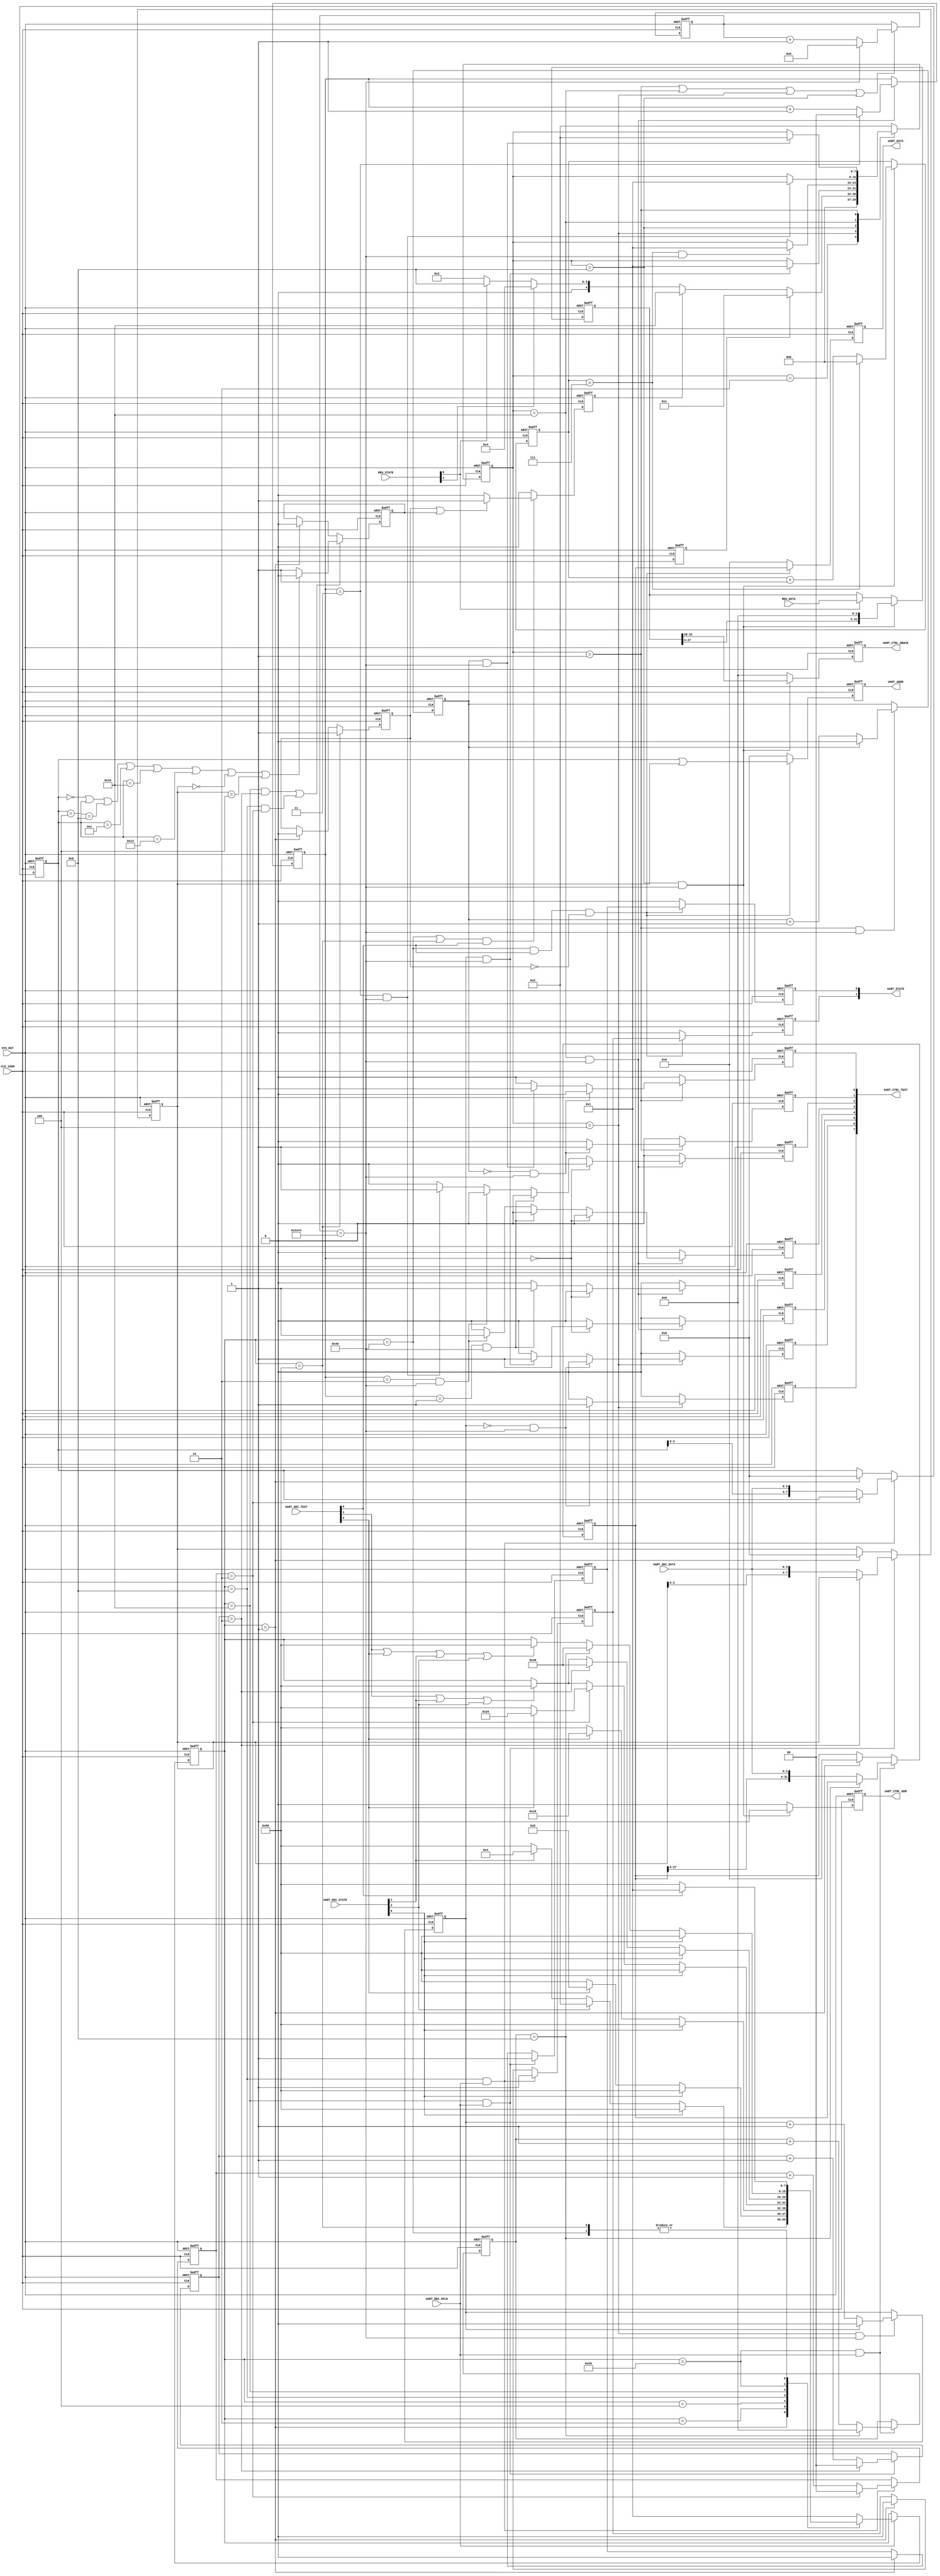
`timescale 1ns / 1ps

module UART_CTRL (
    // system signals
    input   wire                        CLK_100M                                , // (i) clock
    input   wire                        SYS_RST                                 , // (i) reset (high-active)

    // UART_DEC
    input   wire[3:0]                   UART_DEC_DATA                           , // (i) UART_DEC data in
    input   wire                        UART_DEC_DVLD                           , // (i) UART_DEC start in
    input   wire[2:0]                   UART_DEC_STATE                          , // (i) signal state
    input   wire[2:0]                   UART_DEC_TEXT                           , // (i) signal text

    // UART_REG
    input   wire[1:0]                   REG_STATE                               , // (i) UART_REG state signal
    input   wire[31:0]                  REG_DATA                                , // (i) UART_REG data

    // UART_TX
    output  wire[1:0]                   UART_STATE                              , // (o) UART_CTRL state
    output  wire[31:0]                  UART_DATA                               , // (o) UART_CTRL data out
    output  wire[7:0]                   UART_ADDR                               , // (o) UART_CTRL data out

    // UART_ENC
    output  wire[7:0]                   UART_CTRL_TEXT                          , // (o) text signal
                                                                                  //     UART_CTRL_TEXT[7] = O signal
                                                                                  //     UART_CTRL_TEXT[6] = K signal
                                                                                  //     UART_CTRL_TEXT[5] = F signal
                                                                                  //     UART_CTRL_TEXT[4] = A signal
                                                                                  //     UART_CTRL_TEXT[3] = I signal
                                                                                  //     UART_CTRL_TEXT[2] = L signal
                                                                                  //     UART_CTRL_TEXT[1] = enter signal
                                                                                  //     UART_CTRL_TEXT[0] = right signal

    output  wire                        UART_CTRL_NUM                           , // (o) number signal
    output  wire[3:0]                   UART_CTRL_DBACK                           // (o) UART_CTRL data
    );

    // -------------------------------------------------------------
    // Parameter definition
    // -------------------------------------------------------------
    // STATEs of RECEIVE STATE MACHINE
    parameter                           P_IDLE_RX               = 8'b0000_0001  ; // idle
    parameter                           P_WRITE_RX              = 8'b0000_0010  ; // write
    parameter                           P_READ_RX               = 8'b0000_0100  ; // read
    parameter                           P_ADDR_W_RX             = 8'b0000_1000  ; // addr_w
    parameter                           P_ADDR_R_RX             = 8'b0001_0000  ; // addr_r
    parameter                           P_DATA_RX               = 8'b0010_0000  ; // data
    parameter                           P_ENTER_RX              = 8'b0100_0000  ; // enter
    parameter                           P_FAIL_RX               = 8'b1000_0000  ; // fail

    // STATEs of TRANSFER STATE MACHINE
    parameter                           P_RESET_TX              = 5'b0_0001     ; // reset
    parameter                           P_IDLE_TX               = 5'b0_0010     ; // idle
    parameter                           P_WRITE_TX              = 5'b0_0100     ; // write
    parameter                           P_READ_TX               = 5'b0_1000     ; // read
    parameter                           P_FAIL_TX               = 5'b1_0000     ; // fail

    //time count
    parameter                           TIME_CNT                = 14'd7700      ; //1 data time count
    // -------------------------------------------------------------
    // Internal signal definition
    // -------------------------------------------------------------
    // state machine
    reg         [7:0]                   r_ctrl_state_rx                         ; // FSM receive
    reg         [7:0]                   r_ctrl_state_tx                         ; // FSM transfer

    //reset
    reg                                 r_ctrl_reset                            ; // reset

    // state address write
    reg         [7:0]                   r_addr_w                                ; // write address
    reg         [1:0]                   r_addr_w_cnt                            ; // write address count
    reg                                 r_ctrl_write                            ; // state write register

    // state address read
    reg         [7:0]                   r_addr_r                                ; // read address
    reg         [1:0]                   r_addr_r_cnt                            ; // read address count
    reg                                 r_ctrl_read                             ; // state read register

    // state data write
    reg         [31:0]                  r_data_w                                ; // write data
    reg         [3:0]                   r_data_w_cnt                            ; // write data count

    // state fail
    reg                                 r_addr_fail                             ; // address fail
    reg                                 r_ctrl_fail                             ; // UART_CTRL fail register

    // state send
    reg                                 r_ctrl_read_1                           ; // state read register
    reg                                 r_ctrl_write_1                          ; // state write register
    reg                                 r_ctrl_fail_1                           ; // state fail register
    reg         [7:0]                   r_ctrl_addr_1                           ; // addr register
    reg         [31:0]                  r_ctrl_data_1                           ; // data register

    //transfer clock count
    reg         [13:0]                  r_clk_cnt                               ; // clock count

    //reset
    reg                                 r_rst_cnt                               ; // reset count

    reg                                 r_rst_enter                             ; // enter signal
    reg                                 r_rst_right                             ; // right signal

    //write
    reg                                 r_w_cnt                                 ; // write count

    reg                                 r_w_o                                   ; // O signal
    reg                                 r_w_k                                   ; // K signal

    //read
    reg         [2:0]                   r_r_cnt                                 ; // read count

    reg                                 r_num                                   ; // number signal
    reg         [31:0]                  r_data_buf                              ; // data buffer
    reg         [3:0]                   r_r_data                                ; // data out register

    //fail
    reg         [1:0]                   r_fail_cnt                              ; // fail count

    reg                                 r_fail_f                                ; // F signal
    reg                                 r_fail_a                                ; // A signal
    reg                                 r_fail_i                                ; // I signal
    reg                                 r_fail_l                                ; // L signal
// =============================================================================
// RTL Body
// =============================================================================

    // FSM receive
    always @(posedge CLK_100M or posedge SYS_RST) begin
        if (SYS_RST) begin
            // reset
            r_ctrl_state_rx <= P_IDLE_RX;
        end else if (UART_DEC_DVLD) begin
            case ( r_ctrl_state_rx )

                // idle
                P_IDLE_RX : begin
                    if (UART_DEC_STATE[0]) begin
                        r_ctrl_state_rx <= P_FAIL_RX;
                    end else if (UART_DEC_STATE[2]) begin
                        r_ctrl_state_rx <= P_WRITE_RX;
                    end else if (UART_DEC_STATE[1]) begin
                        r_ctrl_state_rx <= P_READ_RX;
                    end else begin
                        r_ctrl_state_rx <= P_FAIL_RX;
                    end
                end

                // write
                P_WRITE_RX : begin
                    if (UART_DEC_STATE[0]) begin
                        r_ctrl_state_rx <= P_FAIL_RX;
                    end else if (UART_DEC_TEXT[2]) begin
                        r_ctrl_state_rx <= P_ADDR_W_RX;
                    end else begin
                        r_ctrl_state_rx <= P_FAIL_RX;
                    end
                end

                // read
                P_READ_RX : begin
                    if (UART_DEC_STATE[0]) begin
                        r_ctrl_state_rx <= P_FAIL_RX;
                    end else if (UART_DEC_TEXT[2]) begin
                        r_ctrl_state_rx <= P_ADDR_R_RX;
                    end else begin
                        r_ctrl_state_rx <= P_FAIL_RX;
                    end
                end

                // address write
                P_ADDR_W_RX : begin
                    if (UART_DEC_STATE[0]) begin
                        r_ctrl_state_rx <= P_FAIL_RX;
                    end else if (r_addr_w_cnt == 2'b10) begin
                        if (UART_DEC_TEXT[2]) begin
                            r_ctrl_state_rx <= P_DATA_RX;
                        end else begin
                            r_ctrl_state_rx <= P_FAIL_RX;
                        end
                    end else if (UART_DEC_TEXT[1] || UART_DEC_STATE[1] || UART_DEC_STATE[2]) begin
                        r_ctrl_state_rx <= P_FAIL_RX;
                    end
                end

                // address read
                P_ADDR_R_RX : begin
                    if (UART_DEC_STATE[0]) begin
                        r_ctrl_state_rx <= P_FAIL_RX;
                    end else if (r_addr_r_cnt == 2'b10) begin
                        r_ctrl_state_rx <= P_ENTER_RX;
                    end else begin
                        if (UART_DEC_TEXT[1] || UART_DEC_STATE[1] || UART_DEC_STATE[2]) begin
                            r_ctrl_state_rx <= P_FAIL_RX;
                        end
                    end
                end

                // data write
                P_DATA_RX : begin
                    if (UART_DEC_STATE[0]) begin
                        r_ctrl_state_rx <= P_FAIL_RX;
                    end else if (r_data_w_cnt == 4'b1000) begin
                        r_ctrl_state_rx <= P_ENTER_RX;
                    end else begin
                        if (UART_DEC_TEXT[1] || UART_DEC_TEXT[2] || UART_DEC_STATE[1] || UART_DEC_STATE[2]) begin
                            r_ctrl_state_rx <= P_FAIL_RX;
                        end
                    end
                end

                // enter
                P_ENTER_RX : begin
                    if (UART_DEC_TEXT[0]) begin
                        r_ctrl_state_rx <= P_IDLE_RX;
                    end else begin
                        r_ctrl_state_rx <= P_FAIL_RX;
                    end
                end

                // fail
                P_FAIL_RX : begin
                    if (UART_DEC_TEXT[0]) begin
                        r_ctrl_state_rx <= P_IDLE_RX;
                    end else begin
                        r_ctrl_state_rx <= P_FAIL_RX;
                    end
                end

                default : begin
                    r_ctrl_state_rx <= P_IDLE_RX;
                end
            endcase
        end
    end

    // reset
    always @(posedge CLK_100M or posedge SYS_RST) begin
        if (SYS_RST) begin
            // reset
            r_ctrl_reset <= 1'b1;
        end else begin
            r_ctrl_reset <= 1'b0;
        end
    end

    // address write
    always @(posedge CLK_100M or posedge SYS_RST) begin
        if (SYS_RST) begin
            // reset
            r_addr_w        <= 8'b0;
            r_ctrl_write    <= 1'b0;
        end else begin
            if (r_ctrl_state_rx == P_ADDR_W_RX && UART_DEC_DVLD) begin          // write 2 X 4 bits address
                r_ctrl_write <= 1'b1;
                if (r_addr_w_cnt == 2'b10) begin
                    r_addr_w <= r_addr_w;
                end else begin
                    r_addr_w <= { r_addr_w[3:0], UART_DEC_DATA };
                end
            end else if (r_ctrl_state_rx == P_IDLE_RX) begin
                r_addr_w        <= 8'b0;
                r_ctrl_write    <= 1'b0;
            end
        end
    end

    // address write counter
    always @(posedge CLK_100M or posedge SYS_RST) begin
        if (SYS_RST) begin
            // reset
            r_addr_w_cnt <= 2'b0;
        end else begin
            if (r_ctrl_state_rx == P_ADDR_W_RX && UART_DEC_DVLD) begin
                if (r_addr_w_cnt == 2'b10) begin
                    r_addr_w_cnt <= 2'b0;
                end else begin
                    r_addr_w_cnt <= r_addr_w_cnt + 2'b1;
                end
            end
        end
    end

    // address read
    always @(posedge CLK_100M or posedge SYS_RST) begin
        if (SYS_RST) begin
            // reset
            r_addr_r    <= 8'b0;
            r_ctrl_read <= 1'b0;
        end else begin
            if (r_ctrl_state_rx == P_ADDR_R_RX && UART_DEC_DVLD) begin          // read 2 X 4 bits address
                r_ctrl_read <= 1'b1;
                if (r_addr_r_cnt == 2'b10) begin
                    r_addr_r <= r_addr_r;
                end else begin
                    r_addr_r <= { r_addr_r[3:0], UART_DEC_DATA };
                end
            end else if (r_ctrl_state_rx == P_IDLE_RX) begin
                r_addr_r    <= 8'b0;
                r_ctrl_read <= 1'b0;
            end
        end
    end

    // address read counter
    always @(posedge CLK_100M or posedge SYS_RST) begin
        if (SYS_RST) begin
            // reset
            r_addr_r_cnt <= 2'b0;
        end else begin
            if (r_ctrl_state_rx == P_ADDR_R_RX && UART_DEC_DVLD) begin
                if (r_addr_r_cnt == 2'b10) begin
                    r_addr_r_cnt <= 2'b0;
                end else begin
                    r_addr_r_cnt <= r_addr_r_cnt + 2'b1;
                end
            end
        end
    end

    // data write
    always @(posedge CLK_100M or posedge SYS_RST) begin
        if (SYS_RST) begin
            // reset
            r_data_w <= 32'b0;
        end else begin
            if (r_ctrl_state_rx == P_DATA_RX && UART_DEC_DVLD) begin            // write 8 X 4 bits data
                if (r_data_w_cnt == 4'b1000) begin
                    r_data_w <= r_data_w;
                end else begin
                    r_data_w <= { r_data_w[27:0], UART_DEC_DATA };
                end
            end else if (r_ctrl_state_rx == P_IDLE_RX) begin
                r_data_w <= 32'b0;
            end
        end
    end

    // data write counter
    always @(posedge CLK_100M or posedge SYS_RST) begin
        if (SYS_RST) begin
            // reset
            r_data_w_cnt <= 4'b0;
        end else begin
            if (r_ctrl_state_rx == P_DATA_RX && UART_DEC_DVLD) begin
                if (r_data_w_cnt == 4'b1000) begin
                    r_data_w_cnt <= 4'b0;
                end else begin
                    r_data_w_cnt <= r_data_w_cnt + 4'b1;
                end
            end
        end
    end

    // address judge
    always @(posedge CLK_100M or posedge SYS_RST) begin                                  // address is between 01~02
        if (SYS_RST) begin
            // reset
            r_addr_fail <= 1'b0;
        end else begin
            if (( r_ctrl_state_rx == P_ADDR_R_RX & r_addr_r_cnt == 2'b10 ) ||
                ( r_ctrl_state_rx == P_ADDR_W_RX & r_addr_w_cnt == 2'b10 )) begin
                if ( r_addr_w == 8'h00 ||
                     r_addr_w == 8'h04 ||
                     r_addr_w == 8'h08 ||
                     r_addr_w == 8'h0C ||
                     r_addr_w == 8'h10 ||
                     r_addr_w == 8'h14 ||
                     r_addr_r == 8'h00 ||
                     r_addr_r == 8'h04 ) begin
                     r_addr_fail <= 1'b0;
                end else begin
                    r_addr_fail <= 1'b1;
                end
            end else if (r_ctrl_state_rx == P_IDLE_RX) begin
                r_addr_fail <= 1'b0;
            end
        end
    end

    // state fail
    always @(posedge CLK_100M or posedge SYS_RST) begin
        if (SYS_RST) begin
            // reset
            r_ctrl_fail <= 1'b0;
        end else if (r_ctrl_state_rx == P_FAIL_RX) begin
            r_ctrl_fail <= 1'b1;
        end else if (r_ctrl_state_rx == P_IDLE_RX) begin
            r_ctrl_fail <= 1'b0;
        end
    end

    // fail send
    always @(posedge CLK_100M or posedge SYS_RST) begin                                  // send fail after enter lf
        if (SYS_RST) begin
            // reset
            r_ctrl_fail_1  <= 1'b0;
        end else if ((r_ctrl_state_rx == P_ENTER_RX || r_ctrl_state_rx == P_FAIL_RX) && UART_DEC_TEXT[0]) begin
            if (r_ctrl_fail || r_addr_fail) begin
                r_ctrl_fail_1  <= 1'b1;
            end else begin
                r_ctrl_fail_1  <= 1'b0;
            end
        end else begin
            r_ctrl_fail_1 <= 1'b0;
        end
    end

    // write/read send
    always @(posedge CLK_100M or posedge SYS_RST) begin                                  // send write/read data after enter lf
        if (SYS_RST) begin
            // reset
            r_ctrl_read_1   <= 'b0;
            r_ctrl_write_1  <= 'b0;
            r_ctrl_addr_1   <= 'b0;
            r_ctrl_data_1   <= 'b0;
        end else begin
            if (r_ctrl_state_rx == P_ENTER_RX && UART_DEC_TEXT[0] && !r_ctrl_fail) begin
                r_ctrl_read_1   <= r_ctrl_read;
                r_ctrl_write_1  <= r_ctrl_write;
                r_ctrl_addr_1   <= r_addr_w | r_addr_r;
                r_ctrl_data_1   <= r_data_w;
            end else begin
                r_ctrl_read_1   <= 'b0;
                r_ctrl_write_1  <= 'b0;
                r_ctrl_addr_1   <= 'b0;
                r_ctrl_data_1   <= 'b0;
            end
        end
    end

    assign UART_STATE[0]           = r_ctrl_read_1;
    assign UART_STATE[1]           = r_ctrl_write_1;

    assign UART_DATA               = r_ctrl_data_1;
    assign UART_ADDR               = r_ctrl_addr_1;

    // FSM transfer
    always @(posedge CLK_100M or posedge SYS_RST) begin
        if (SYS_RST) begin
            // reset
            r_ctrl_state_tx <= P_IDLE_TX;
        end else begin
            case ( r_ctrl_state_tx )

                //idle
                P_IDLE_TX  : begin
                    if (r_ctrl_reset) begin
                        r_ctrl_state_tx <= P_RESET_TX;
                    end else if (r_ctrl_fail_1) begin
                        r_ctrl_state_tx <= P_FAIL_TX;
                    end else if (REG_STATE[1]) begin
                        r_ctrl_state_tx <= P_WRITE_TX;
                    end else if (REG_STATE[0]) begin
                        r_ctrl_state_tx <= P_READ_TX;
                    end else begin
                        r_ctrl_state_tx <= P_IDLE_TX;
                    end
                end

                //write
                P_WRITE_TX : begin
                    if (r_w_cnt == 1'b1 && r_clk_cnt == TIME_CNT) begin
                        r_ctrl_state_tx <= P_RESET_TX;
                    end
                end

                //read
                P_READ_TX  : begin
                    if (r_r_cnt == 3'b111 && r_clk_cnt == TIME_CNT) begin
                        r_ctrl_state_tx <= P_RESET_TX;
                    end
                end

                //fail
                P_FAIL_TX  : begin
                    if (r_fail_cnt == 2'b11 && r_clk_cnt == TIME_CNT) begin
                        r_ctrl_state_tx <= P_RESET_TX;
                    end
                end

                //reset
                P_RESET_TX : begin                                              // reset after every output and system reset
                    if (r_rst_cnt == 1'b1 && r_clk_cnt == TIME_CNT) begin
                        r_ctrl_state_tx <= P_IDLE_TX;
                    end
                end

                default    : begin
                    r_ctrl_state_tx <= P_IDLE_TX;
                end

            endcase
        end
    end

    // clock counter
    always @(posedge CLK_100M or posedge SYS_RST) begin                                  // 11 bits data between every two 8-bit data
        if (SYS_RST) begin
            // reset
            r_clk_cnt <= 13'b0;
        end else begin
            if (r_ctrl_state_tx == P_RESET_TX ||
                r_ctrl_state_tx == P_FAIL_TX  ||
                r_ctrl_state_tx == P_WRITE_TX ||
                r_ctrl_state_tx == P_READ_TX  ) begin
                if (r_clk_cnt == TIME_CNT) begin
                    r_clk_cnt <= 13'b0;
                end else begin
                    r_clk_cnt <= r_clk_cnt + 13'b1;
                end
            end
        end
    end

    // reset
    always @(posedge CLK_100M or posedge SYS_RST) begin
        if (SYS_RST) begin
            // reset
            r_rst_enter <= 1'b0;
            r_rst_right <= 1'b0;
        end else begin
            if (r_ctrl_state_tx == P_RESET_TX) begin                            // output enter and >
                if (r_rst_cnt == 1'b0 && r_clk_cnt == TIME_CNT) begin
                    r_rst_enter <= 1'b1;
                    r_rst_right <= 1'b0;
                end else if (r_rst_cnt == 1'b1 && r_clk_cnt == TIME_CNT) begin
                    r_rst_enter <= 1'b0;
                    r_rst_right <= 1'b1;
                end else begin
                    r_rst_enter <= 1'b0;
                    r_rst_right <= 1'b0;
                end
            end else begin
                r_rst_enter <= 1'b0;
                r_rst_right <= 1'b0;
            end
        end
    end

    // reset counter
    always @(posedge CLK_100M or posedge SYS_RST) begin
        if (SYS_RST) begin
            // reset
            r_rst_cnt <= 1'b0;
        end else begin
            if (r_ctrl_state_tx == P_RESET_TX && r_clk_cnt == TIME_CNT) begin   // 2 signals
                if (r_rst_cnt == 1'b1) begin
                    r_rst_cnt <= 1'b0;
                end else begin
                    r_rst_cnt <= r_rst_cnt + 1'b1;
                end
            end
        end
    end

    // write
    always @(posedge CLK_100M or posedge SYS_RST) begin
        if (SYS_RST) begin
            // reset
            r_w_o <= 1'b0;
            r_w_k <= 1'b0;
        end else begin
            if (r_ctrl_state_tx == P_WRITE_TX) begin                            // output O and K
                if (r_w_cnt == 1'b0 && r_clk_cnt == TIME_CNT) begin
                    r_w_o <= 1'b1;
                    r_w_k <= 1'b0;
                end else if (r_w_cnt == 1'b1 && r_clk_cnt == TIME_CNT) begin
                    r_w_o <= 1'b0;
                    r_w_k <= 1'b1;
                end else begin
                    r_w_o <= 1'b0;
                    r_w_k <= 1'b0;
                end
            end else begin
                r_w_o <= 1'b0;
                r_w_k <= 1'b0;
            end
        end
    end

    // write counter
    always @(posedge CLK_100M or posedge SYS_RST) begin
        if (SYS_RST) begin
            // reset
            r_w_cnt <= 1'b0;
        end else begin
            if (r_ctrl_state_tx == P_WRITE_TX && r_clk_cnt == TIME_CNT) begin   // 2 signals
                if (r_w_cnt == 1'b1) begin
                    r_w_cnt <= 1'b0;
                end else begin
                    r_w_cnt <= r_w_cnt + 1'b1;
                end
            end
        end
    end

    // read data buffer
    always @(posedge CLK_100M or posedge SYS_RST) begin
        if (SYS_RST) begin
            // reset
            r_data_buf <= 32'b0;
        end else begin
            if (REG_STATE[0]) begin
                r_data_buf <= REG_DATA;
            end

            if (r_ctrl_state_tx == P_READ_TX && r_clk_cnt == TIME_CNT) begin
                r_data_buf  <= r_data_buf << 4;
            end
        end
    end

    // read
    always @(posedge CLK_100M or posedge SYS_RST) begin
        if (SYS_RST) begin
            // reset
            r_r_data    <= 3'b0;
            r_num       <= 1'b0;
        end else begin
            if (r_ctrl_state_tx == P_READ_TX && r_clk_cnt == TIME_CNT) begin    // output 8 X 4 bits data
                r_r_data    <= r_data_buf[31:28];
                r_num       <= 1'b1;
            end else begin
                r_r_data    <= 3'b0;
                r_num       <= 1'b0;
            end
        end
    end

    // read counter
    always @(posedge CLK_100M or posedge SYS_RST) begin
        if (SYS_RST) begin
            // reset
            r_r_cnt <= 3'b0;
        end else begin
            if (r_ctrl_state_tx == P_READ_TX && r_clk_cnt == TIME_CNT) begin    // 8 data
                if (r_r_cnt == 3'b111) begin
                    r_r_cnt <= 3'b0;
                end else begin
                    r_r_cnt <= r_r_cnt + 3'b1;
                end
            end
        end
    end

    // fail
    always @(posedge CLK_100M or posedge SYS_RST) begin
        if (SYS_RST) begin
            // reset
            r_fail_f <= 1'b0;
            r_fail_a <= 1'b0;
            r_fail_i <= 1'b0;
            r_fail_l <= 1'b0;
        end else begin
            if (r_ctrl_state_tx == P_FAIL_TX && r_clk_cnt == TIME_CNT) begin    // output F, A, I, and L
                if (r_fail_cnt == 2'b0) begin
                    r_fail_f <= 1'b1;
                    r_fail_a <= 1'b0;
                    r_fail_i <= 1'b0;
                    r_fail_l <= 1'b0;
                end else if (r_fail_cnt == 2'b1 && r_clk_cnt == TIME_CNT) begin
                    r_fail_f <= 1'b0;
                    r_fail_a <= 1'b1;
                    r_fail_i <= 1'b0;
                    r_fail_l <= 1'b0;
                end else if (r_fail_cnt == 2'b10 && r_clk_cnt == TIME_CNT) begin
                    r_fail_f <= 1'b0;
                    r_fail_a <= 1'b0;
                    r_fail_i <= 1'b1;
                    r_fail_l <= 1'b0;
                end else if (r_fail_cnt == 2'b11 && r_clk_cnt == TIME_CNT) begin
                    r_fail_f <= 1'b0;
                    r_fail_a <= 1'b0;
                    r_fail_i <= 1'b0;
                    r_fail_l <= 1'b1;
                end else begin
                    r_fail_f <= 1'b0;
                    r_fail_a <= 1'b0;
                    r_fail_i <= 1'b0;
                    r_fail_l <= 1'b0;
                end
            end else begin
                r_fail_f <= 1'b0;
                r_fail_a <= 1'b0;
                r_fail_i <= 1'b0;
                r_fail_l <= 1'b0;
            end
        end
    end

    // fail counter
    always @(posedge CLK_100M or posedge SYS_RST) begin
        if (SYS_RST) begin
            // reset
            r_fail_cnt <= 1'b0;
        end else begin
            if (r_ctrl_state_tx == P_FAIL_TX && r_clk_cnt == TIME_CNT) begin    // 4 signals
                if (r_fail_cnt == 2'b11) begin
                    r_fail_cnt <= 2'b0;
                end else begin
                    r_fail_cnt <= r_fail_cnt + 1'b1;
                end
            end
        end
    end

    assign UART_CTRL_TEXT[7]            = r_w_o;
    assign UART_CTRL_TEXT[6]            = r_w_k;

    assign UART_CTRL_TEXT[5]            = r_fail_f;
    assign UART_CTRL_TEXT[4]            = r_fail_a;
    assign UART_CTRL_TEXT[3]            = r_fail_i;
    assign UART_CTRL_TEXT[2]            = r_fail_l;

    assign UART_CTRL_NUM                = r_num;
    assign UART_CTRL_DBACK              = r_r_data;

    assign UART_CTRL_TEXT[1]            = r_rst_enter;
    assign UART_CTRL_TEXT[0]            = r_rst_right;

endmodule